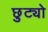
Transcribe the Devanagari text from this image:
छुट्यो